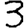
Digit: 3